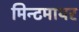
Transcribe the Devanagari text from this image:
मिन्टमायर